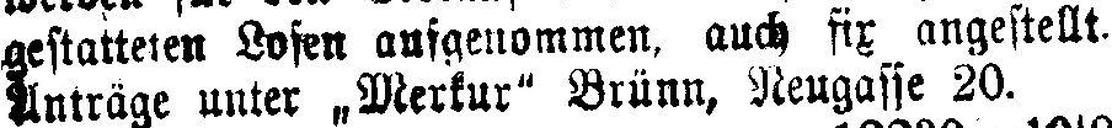
gestatteten Losen aufgenommen, auch fix angestellt.